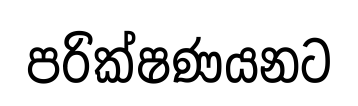
පරික්ෂණයනට